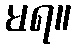
မရ။